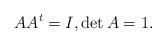
LaTeX: \begin{align*}AA^t=I,\det A=1.\end{align*}